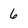
Character: 6